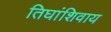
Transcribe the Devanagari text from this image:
तिघांशिवाय